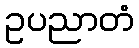
ဥပညာတံ